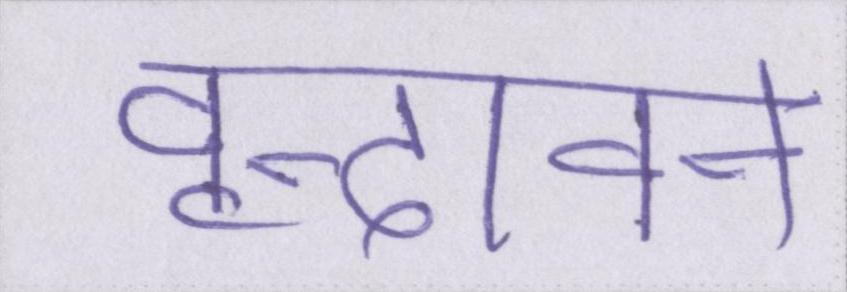
वृन्दावन